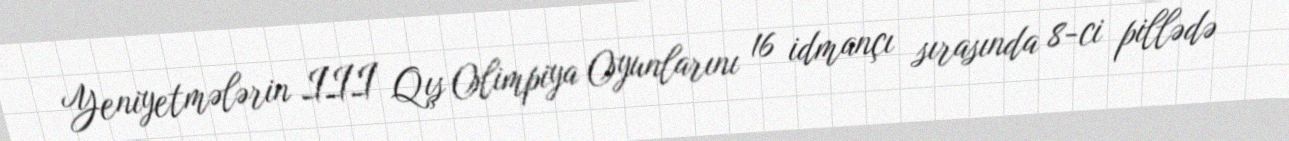
Yeniyetmələrin III Qış Olimpiya Oyunlarını 16 idmançı sırasında 8-ci pillədə